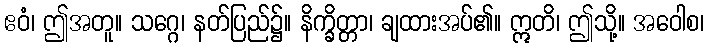
ဧဝံ၊ ဤအတူ။ သဂ္ဂေ၊ နတ်ပြည်၌။ နိက္ခိတ္တာ၊ ချထားအပ်၏။ ဣတိ၊ ဤသို့။ အဝေါစ၊